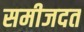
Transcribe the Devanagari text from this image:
समीजदत